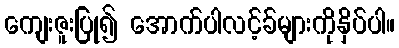
ကျေးဇူးပြု၍ အောက်ပါလင့်ခ်များကိုနှိပ်ပါ။